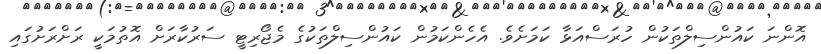
އޮންނަ ކައުންސިލްތަކުން ހުރަސްއަޅާ ކަމަށެވެ. އެހެންކަމުން ކައުންސިލްތަކުގެ މެޖޯރިޓީ ސަރުކާރަށް އޮތުމަކީ ރަށްރަށުގައި